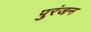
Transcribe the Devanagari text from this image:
पुरंजन